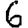
Digit: 6